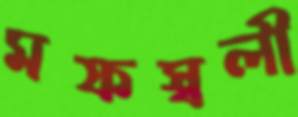
মফস্বলী